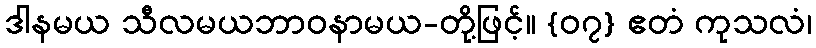
ဒါနမယ သီလမယဘာဝနာမယ-တို့ဖြင့်။ {၀၇} ဧတံ ကုသလံ၊